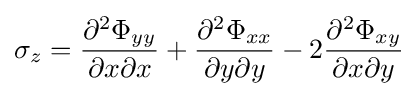
\sigma _{z}={\frac {\partial ^{2}\Phi _{yy}}{\partial x\partial x}}+{\frac {\partial ^{2}\Phi _{xx}}{\partial y\partial y}}-2{\frac {\partial ^{2}\Phi _{xy}}{\partial x\partial y}}